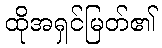
ထိုအရှင်မြတ်၏